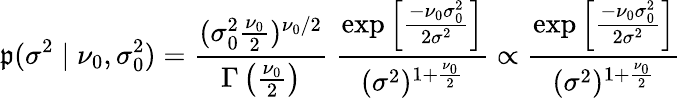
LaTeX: \mathfrak{p}(\sigma^{2}\mid\nu_{0},\sigma_{0}^{2})={\frac{{(\sigma_{0}^{2}{\frac{{\nu_{0}}}{{2}}})^{\nu_{0}/2}}}{{\Gamma\left({\frac{{\nu_{0}}}{{2}}}\right)}}}~{\frac{{\exp\left[{\frac{{-\nu_{0}\sigma_{0}^{2}}}{{2\sigma^{2}}}}\right]}}{{(\sigma^{2})^{1+{\frac{{\nu_{0}}}{{2}}}}}}}\propto{\frac{{\exp\left[{\frac{{-\nu_{0}\sigma_{0}^{2}}}{{2\sigma^{2}}}}\right]}}{{(\sigma^{2})^{1+{\frac{{\nu_{0}}}{{2}}}}}}}